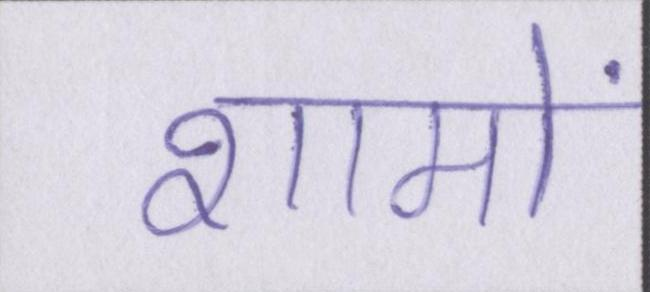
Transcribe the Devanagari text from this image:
शामों